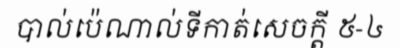
បាល់ប៉េណាល់ទីកាត់សេចក្តី ៥-៤